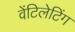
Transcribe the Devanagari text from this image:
वेंटिलेटिंग